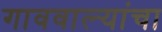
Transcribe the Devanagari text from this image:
गाववाल्यांचा